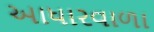
આધારવાળા